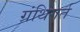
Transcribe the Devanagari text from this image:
ग्रंथिगर्त